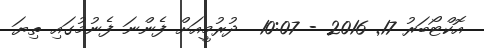
އޮކްޓޯބަރު 17